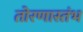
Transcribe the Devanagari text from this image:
तोरणास्तंभ